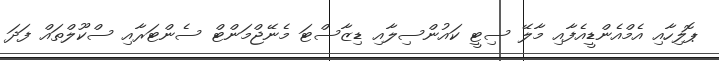
ޕޮލިހާއި އެމްއެންޑީއެފާއި މާލޭ ސިޓީ ކައުންސިލާއި ޑިޒާސްޓަ މެނޭޖްމަންޓް ސެންޓަރާއި ސްކޫލްތައް ފަދަ